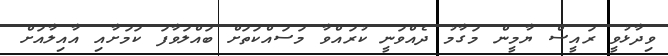
ވިދާޅުވީ ރައީސް ޔާމީން މަގާމު ދެއްވަނީ ކުރައްވާ މަސައްކަތަށް ބައްލަވާފަ ކަމަށާއި އާއިލާއަށް